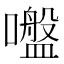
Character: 𡂑